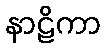
နာဠိကာ